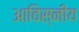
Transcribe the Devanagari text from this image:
आविस्नीय